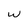
Character: W